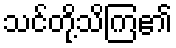
သင်တို့သိကြ၏